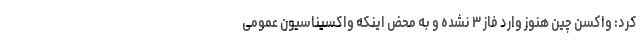
کرد: واکسن چین هنوز وارد فاز ۳ نشده و به محض اینکه واکسیناسیون عمومی